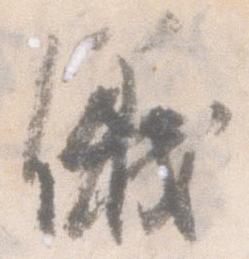
儀